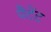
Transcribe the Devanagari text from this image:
पैटेंट